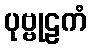
ပုဗ္ဗုဠကံ